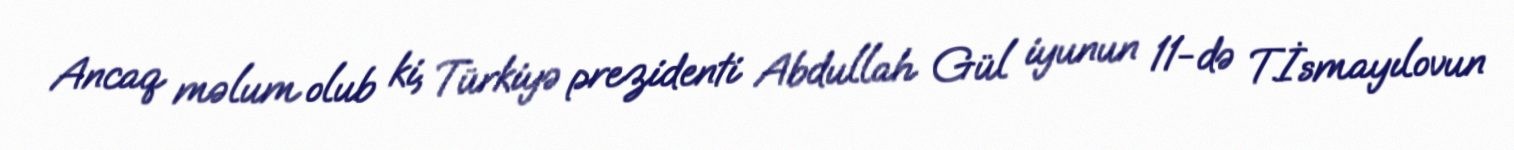
Ancaq məlum olub ki, Türkiyə prezidenti Abdullah Gül iyunun 11-də T.İsmayılovun